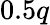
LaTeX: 0.5q